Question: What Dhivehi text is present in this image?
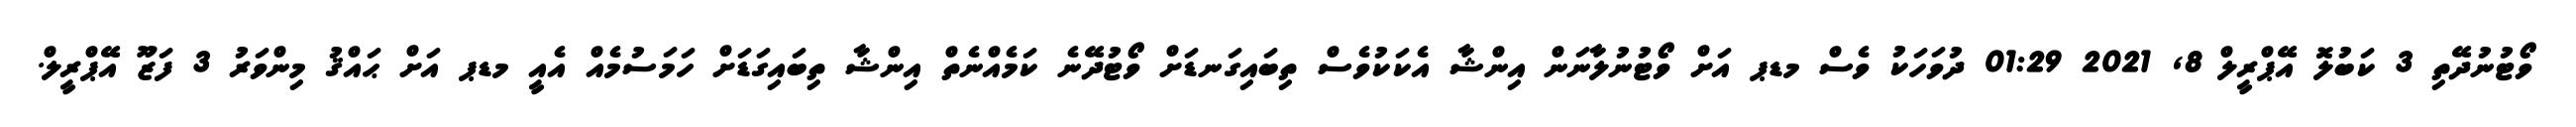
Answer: ވޯޓުނުދޭތި 3 ކަބުލޮ އޭޕްރީލް 8, 2021 01:29 ދުވަހަކު ވެސް މޑޕ އަށް ވޯޓުނުލާނަން އިންޝާ އެކަކުވެސް ތިބައިގަނޑަށް ވޯޓުދޭނެ ކަމެއްނެތް އިންޝާ ތިބައިގަޑަށް ހަމަސުމެއް އެއީ މޑޕ އަށް ޙައްޤު މިންވަރު 3 ފަޒޫ އޭޕްރީލް.